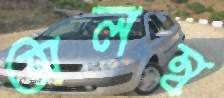
অলম্ব